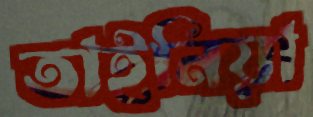
তাইনিয়া